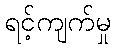
ရင့်ကျက်မှု